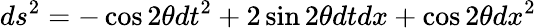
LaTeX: ds^{2}=-\cos 2\theta dt^{2}+2\sin 2\theta dtdx+\cos 2\theta dx^{2}